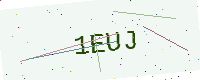
Text: 1EUJ